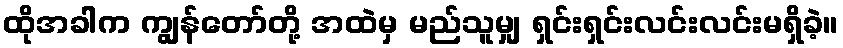
ထိုအခါက ကျွန်တော်တို့ အထဲမှ မည်သူမျှ ရှင်းရှင်းလင်းလင်းမရှိခဲ့။